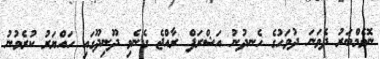
ނޮވެމްބަރު ދެވަނަ ދުވަހުގެ ހެނދުނު އަޝްރަފް ރާއްޖެ ގެނެވި ދޫނިދޫގައި ހައްޔަރު ކުރެވުނު